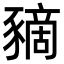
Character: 豴